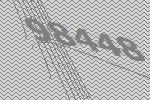
98448